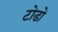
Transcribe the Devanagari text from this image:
टोडो